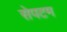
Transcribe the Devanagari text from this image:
सेपटम